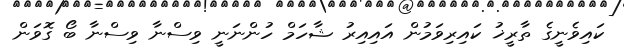
ކައިވެނީގެ ތާރީޚު ކައިރިވަމުން އައިއިރު ޝާހަމް ހުންނަނީ ވިސްނާ ވިސްނާ ބޯ ގޮވަން